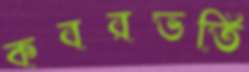
কবরভর্তি